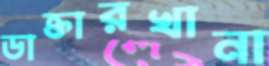
ডাক্তারখানা